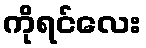
ကိုရင်လေး